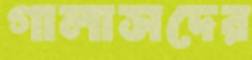
গালাসদের